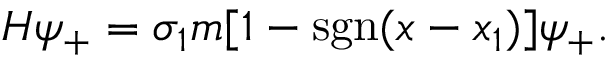
H \psi _ { + } = \sigma _ { 1 } m [ 1 - \mathrm { s g n } ( x - x _ { 1 } ) ] \psi _ { + } .